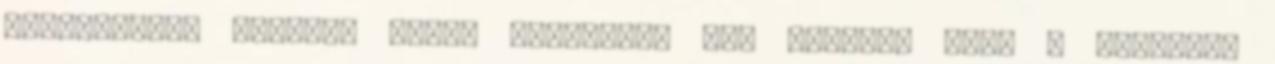
pránájámát. Például Swami Sivananda azt mondja, hogy a bevezető